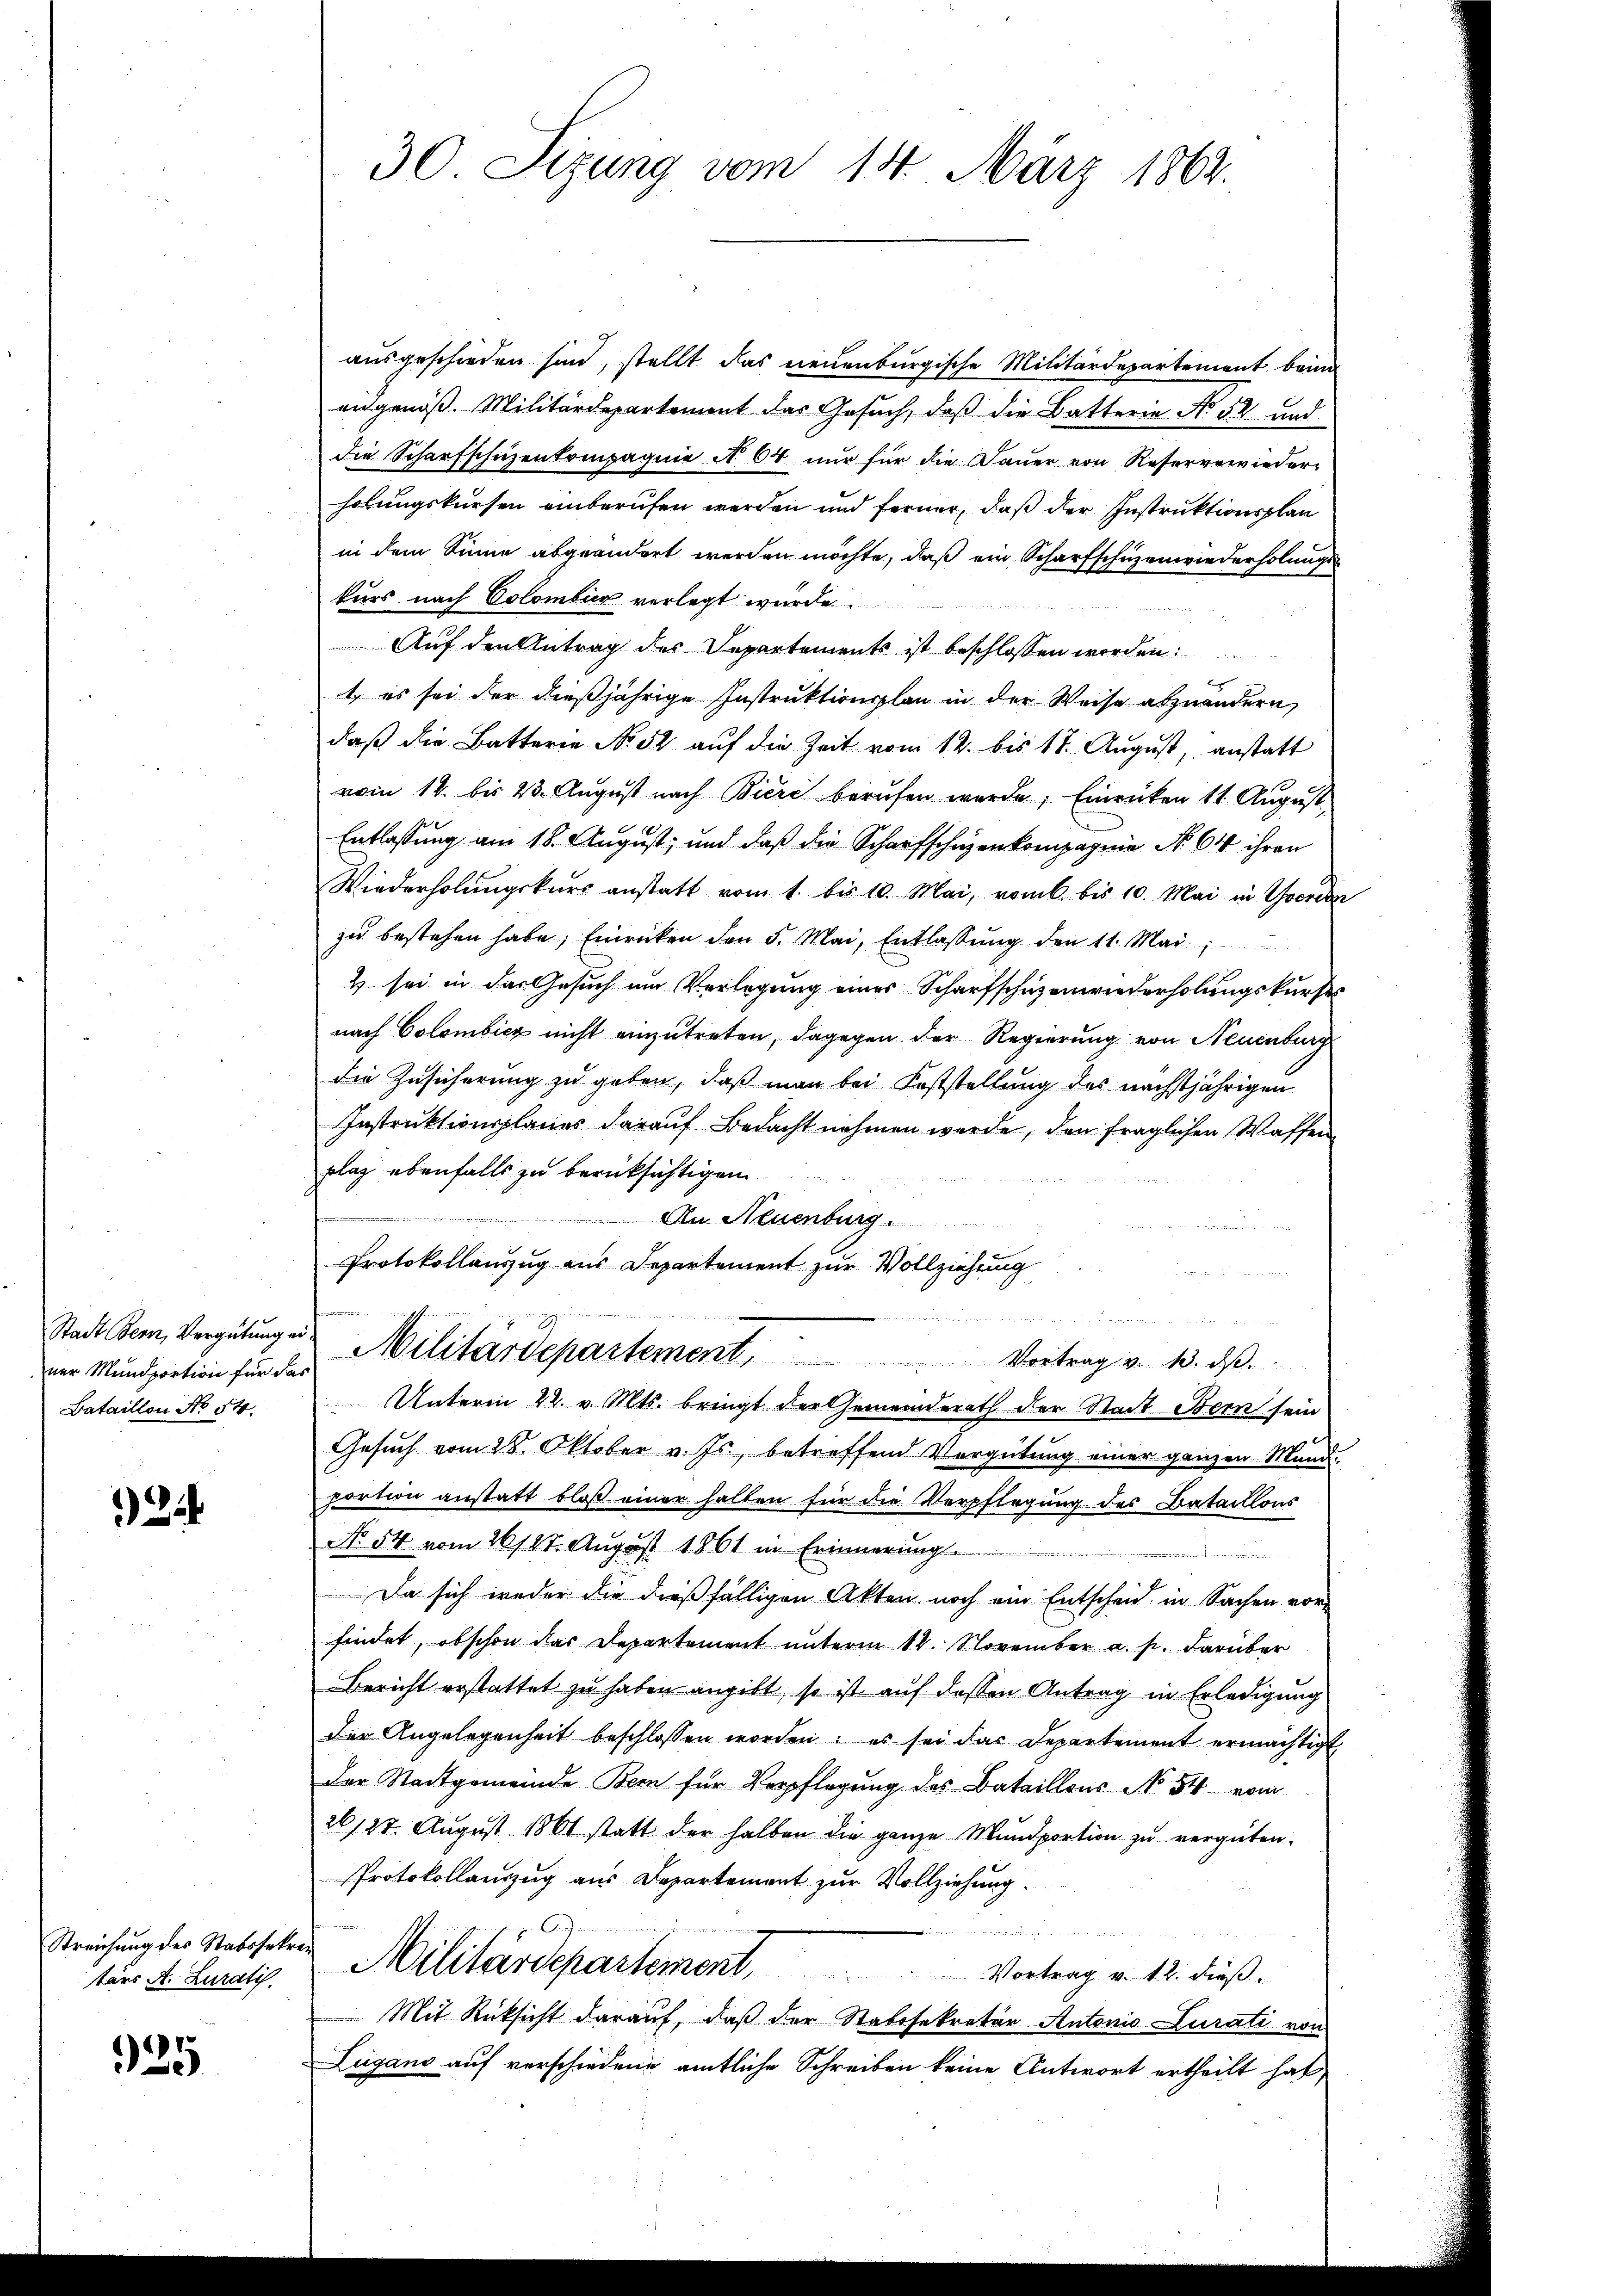
ner Mundportion für das
Bataillon No 54.

244

Streichung des Stabshakren
tärs A. Zuratis.

925

ausgeschieden sind, stellt das neuenburgische Militärdepartement beind
eidgenöß. Militärdepartement das Gesuch, daß die Batterie No 52 und
die Scharfschuzenkompagnie N. 64 nur für die Dauer von Reserverwieder-
holungskursen einberufen werden und ferner, daß der Instruktionsplan
in dem Sinne abgeändert werden möchte, daß ein Scharfschüzenwiederholungskurs nach Colombier verlegt wurde.
Sie h
Auf den Antrag des Departements ist beschlossen worden
t, es sei der dießjährige Instruktionsplan in der Weise abzuändern,
daß die Batterie No. 52 auf die Zeit vom 12. bis 17. August, anstatt
vom 14. bis 23. Aŭgŭst nach Bieri berŭfen werde; Einrücken 11. Aŭgŭst
Entlassung am 18. August, und daß die Scharfschazenkompagnie No. 614 ihren
Wiederholŭngskurs anstatt vom 1. bis 10. Mai, vomb. bis 10. Mai in Werde
zu bestehen habe; Einrücken den 5. Mai, Entlassung den 11. Mai
& sei in das Gesuch um Verlegung eines Scharfschuzenwiederholungskurse
nach Colombicz nicht einzutreten, dagegen der Regierung von Neuenburg
die Zusicherung zu geben, daß man bei Feststellung des nächstjährigen
Instruktionsplanes darauf Bedacht nehmen werde, den fraglichen Waffen
plag ebenfalls zu berücksichtigen.
An Neuenburg.
Protokollauszug aus Departement zur Vollziehung
u

Stadt dem Vergütung ein Militärdepartement, Vortrag v. 13. dβ.
Unterm 22. v. Mts. bringt der Gemeinderath der Stadt Bern sein
Gesuch vom 28. Oktober v. Js., betreffend Vergütung einer ganzen Mund-
portion anstatt bloß einer halten für die Verpflegung des Bataillons
No 54 vom 16/27. August 1861 in Erinnerung.
Da sich weder die dießfälligen Akten noch ein Entscheid in Sachen vor-
findet, obschon das Departement unterm 14. November a. p. darüber
Bericht erstattet zu haben angibt, so ist auf dessen Antrag in Erledigung
der Angelegenheit beschlossen worden; es sei das Departement ermächtigt,
der Stadtgemeinde Bern für Verpflegung des Bataillons No. 54. vom
26/27. Aŭgŭst 1861 statt der halben die ganze Mŭndportion zŭ vergüten.
Protokollauszug aus Departement zur Vollziehung.
 2 x
Militärdepartement. Vortrag v. 18. dieß.
Mit Rücksicht darauf, daß der Stabssekretär Antonis Lurati von
Lugano auf verschiedene amtliche Schreiben keine Antwort ertheilt hat,

30 Sizung vom 14. März 1864.